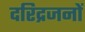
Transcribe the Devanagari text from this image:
दरिद्रजनों